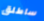
ساطلق